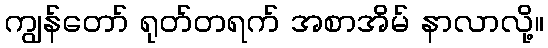
ကျွန်တော် ရုတ်တရက် အစာအိမ် နာလာလို့။